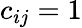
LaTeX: c_{ij}=1